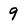
Character: 9